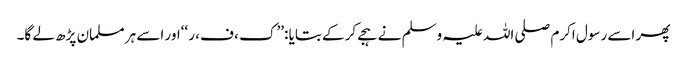
پھر اسے رسول اکرم صلی اللہ علیہ وسلم نے ہجے کرکے بتایا :’’ک ، ف، ر ‘‘اور اسے ہر مسلمان پڑھ لے گا۔